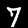
Digit: 7